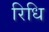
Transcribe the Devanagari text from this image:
रिधि